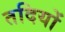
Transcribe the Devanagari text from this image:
तदियों